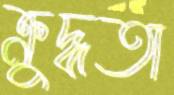
ক্রুদ্ধতা